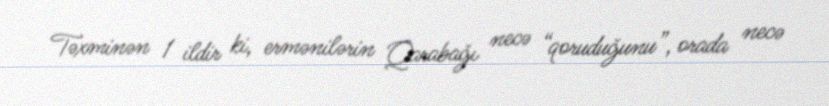
Təxminən 1 ildir ki, ermənilərin Qarabağı necə “qoruduğunu”, orada necə